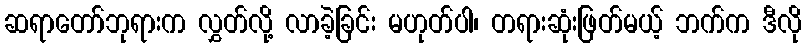
ဆရာတော်ဘုရားက လွှတ်လို့ လာခဲ့ခြင်း မဟုတ်ပါ၊ တရားဆုံးဖြတ်မယ့် ဘက်က ဒီလို